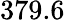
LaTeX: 379.6